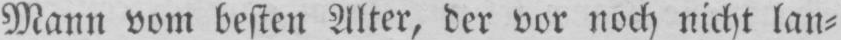
Mann vom besten Alter, der vor noch nicht lan⸗